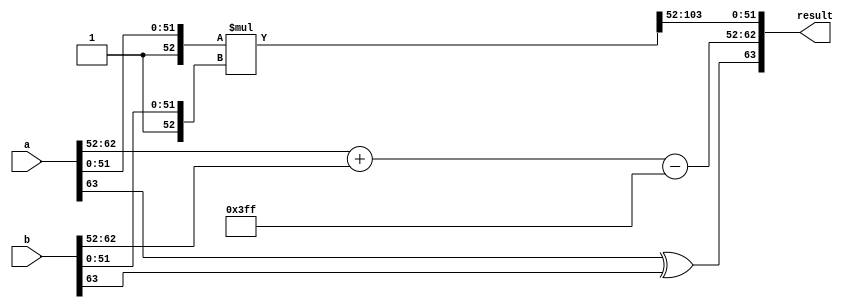
module flo_64multiplier (result,a,b ) ;

   output reg  [63:0] result;
   input  [63:0] a, b;

   reg 		 a_S,b_S;
   
   reg [10:0] 	 a_E,b_E;
   reg [51:0] 	 a_F,b_F;
   always@(a,b)
     begin
	a_S=a[63];
	b_S=b[63];
	a_E=a[62:52];
	b_E=b[62:52];
	a_F=a[51:0];
	b_F=b[51:0];
     end

   always@(a,b)
     begin
	result[63]=a_S^b_S;
	result[62:52]=a_E+b_E-1023 ;
     end

   
   reg [105:0] ex_mul ;
   reg 	      error ;
   

   
   always@(a,b)
     begin
     ex_mul={1'b1,a_F}*{1'b1,b_F};
	error=ex_mul[23] ? 1'b1 : 1'b0 ;
	result[51:0]=ex_mul[103:52];
     end
   
   
   
   
endmodule